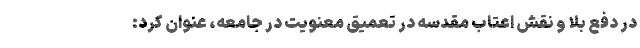
در دفع بلا و نقش اعتاب مقدسه در تعمیق معنویت در جامعه، عنوان کرد: